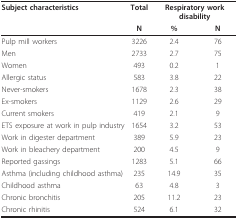
<table><thead><tr><td><b>Subject characteristics</b></td><td><b>Total</b></td><td colspan="2"><b>Respiratory work disability</b></td></tr><tr><td></td><td><b>N</b></td><td><b>%</b></td><td><b>N</b></td></tr></thead><tbody><tr><td>Pulp mill workers</td><td>3226</td><td>2.4</td><td>76</td></tr><tr><td>Men</td><td>2733</td><td>2.7</td><td>75</td></tr><tr><td>Women</td><td>493</td><td>0.2</td><td>1</td></tr><tr><td>Allergic status</td><td>583</td><td>3.8</td><td>22</td></tr><tr><td>Never-smokers</td><td>1678</td><td>2.3</td><td>38</td></tr><tr><td>Ex-smokers</td><td>1129</td><td>2.6</td><td>29</td></tr><tr><td>Current smokers</td><td>419</td><td>2.1</td><td>9</td></tr><tr><td>ETS exposure at work in pulp industry</td><td>1654</td><td>3.2</td><td>53</td></tr><tr><td>Work in digester department</td><td>389</td><td>5.9</td><td>23</td></tr><tr><td>Work in bleachery department</td><td>200</td><td>4.5</td><td>9</td></tr><tr><td>Reported gassings</td><td>1283</td><td>5.1</td><td>66</td></tr><tr><td>Asthma (including childhood asthma)</td><td>235</td><td>14.9</td><td>35</td></tr><tr><td>Childhood asthma</td><td>63</td><td>4.8</td><td>3</td></tr><tr><td>Chronic bronchitis</td><td>205</td><td>11.2</td><td>23</td></tr><tr><td>Chronic rhinitis</td><td>524</td><td>6.1</td><td>32</td></tr></tbody></table>